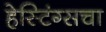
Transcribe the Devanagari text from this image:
हेस्टिंग्सचा